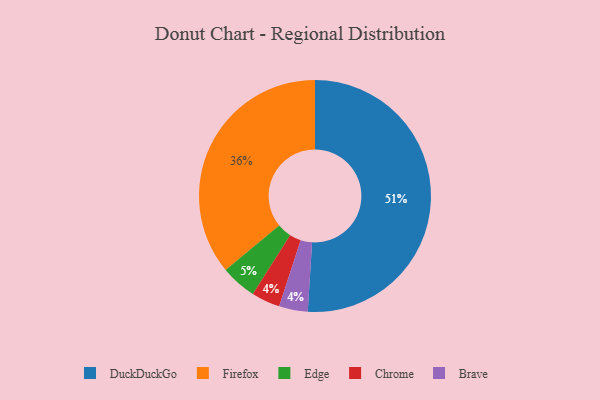
{"axis": {"x": "Category", "y": "Percentage"}, "legend": ["Brave", "Chrome", "DuckDuckGo", "Edge", "Firefox"], "data": [{"x": "Chrome", "y": 4, "type": "Chrome"}, {"x": "Edge", "y": 5, "type": "Edge"}, {"x": "Brave", "y": 4, "type": "Brave"}, {"x": "DuckDuckGo", "y": 51, "type": "DuckDuckGo"}, {"x": "Firefox", "y": 36, "type": "Firefox"}]}